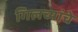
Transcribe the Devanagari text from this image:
गिलच्यांचे